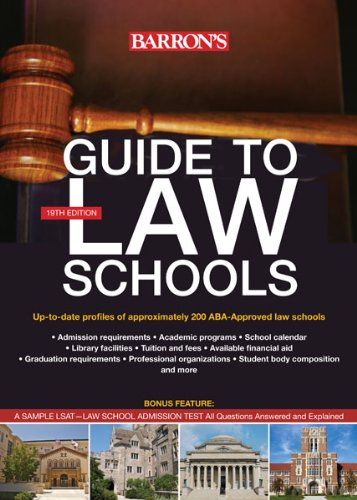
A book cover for Guide to Law Schools (Barron's Guide to Law Schools); Barron's Educational Series; Education & Teaching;